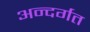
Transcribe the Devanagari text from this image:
अन्दर्गत